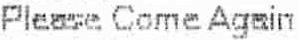
PLEASE COME AGAIN